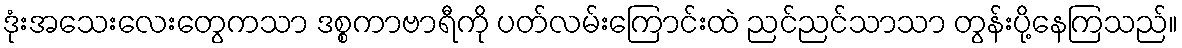
ဒုံးအသေးလေးတွေကသာ ဒစ္စကာဗာရီကို ပတ်လမ်းကြောင်းထဲ ညင်ညင်သာသာ တွန်းပို့နေကြသည်။